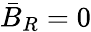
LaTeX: \bar{B}_{{R}}=0